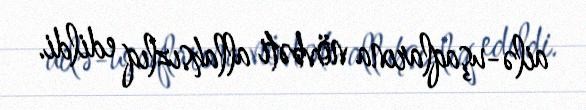
ailə-uşaqlarına növbəti allahsızlıq edildi.